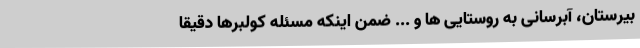
بیرستان، آبرسانی به روستایی ها و ... ضمن اینکه مسئله کولبرها دقیقا